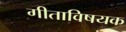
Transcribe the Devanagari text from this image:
गीताविषयक